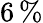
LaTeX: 6\, \%